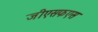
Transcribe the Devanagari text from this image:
जीएसफएस